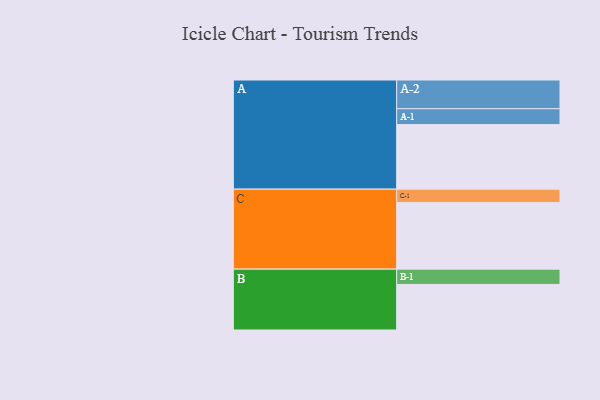
{"axis": {"x": "Segment", "y": "Value"}, "legend": ["", "A", "B", "C"], "data": [{"x": "A", "y": 544, "type": ""}, {"x": "B", "y": 384, "type": ""}, {"x": "C", "y": 562, "type": ""}, {"x": "A-1", "y": 134, "type": "A"}, {"x": "A-2", "y": 242, "type": "A"}, {"x": "B-1", "y": 129, "type": "B"}, {"x": "C-1", "y": 112, "type": "C"}]}